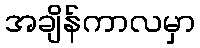
အချိန်ကာလမှာ